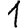
Digit: 1